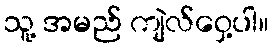
သူ့ အမည် ကျဲလ်ဝှေ့ပါ။